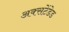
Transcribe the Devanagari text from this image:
अक्सटेंडेड